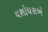
યશોધરાએ